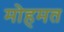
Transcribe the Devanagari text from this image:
मोहमत